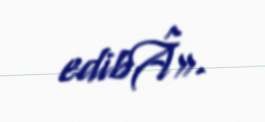
edibÂ».